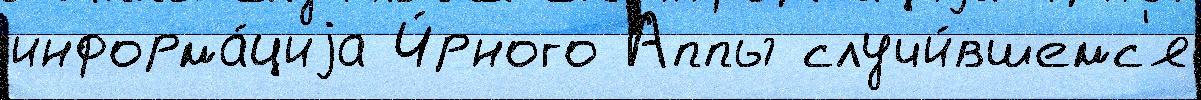
информа́циjа Ч́рного Аппы случи́вшемс'я